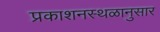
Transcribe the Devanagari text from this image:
प्रकाशनस्थळानुसार